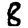
Digit: 8